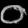
Digit: ၀